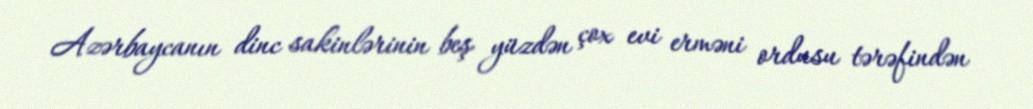
Azərbaycanın dinc sakinlərinin beş yüzdən çox evi erməni ordusu tərəfindən